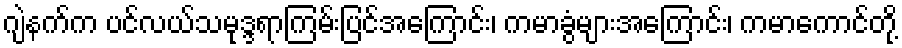
ဂျဲနက်က ပင်လယ်သမုဒ္ဒရာကြမ်းပြင်အကြောင်း၊ ကမာခွံများအကြောင်း၊ ကမာကောင်တို့